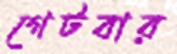
গেটবার